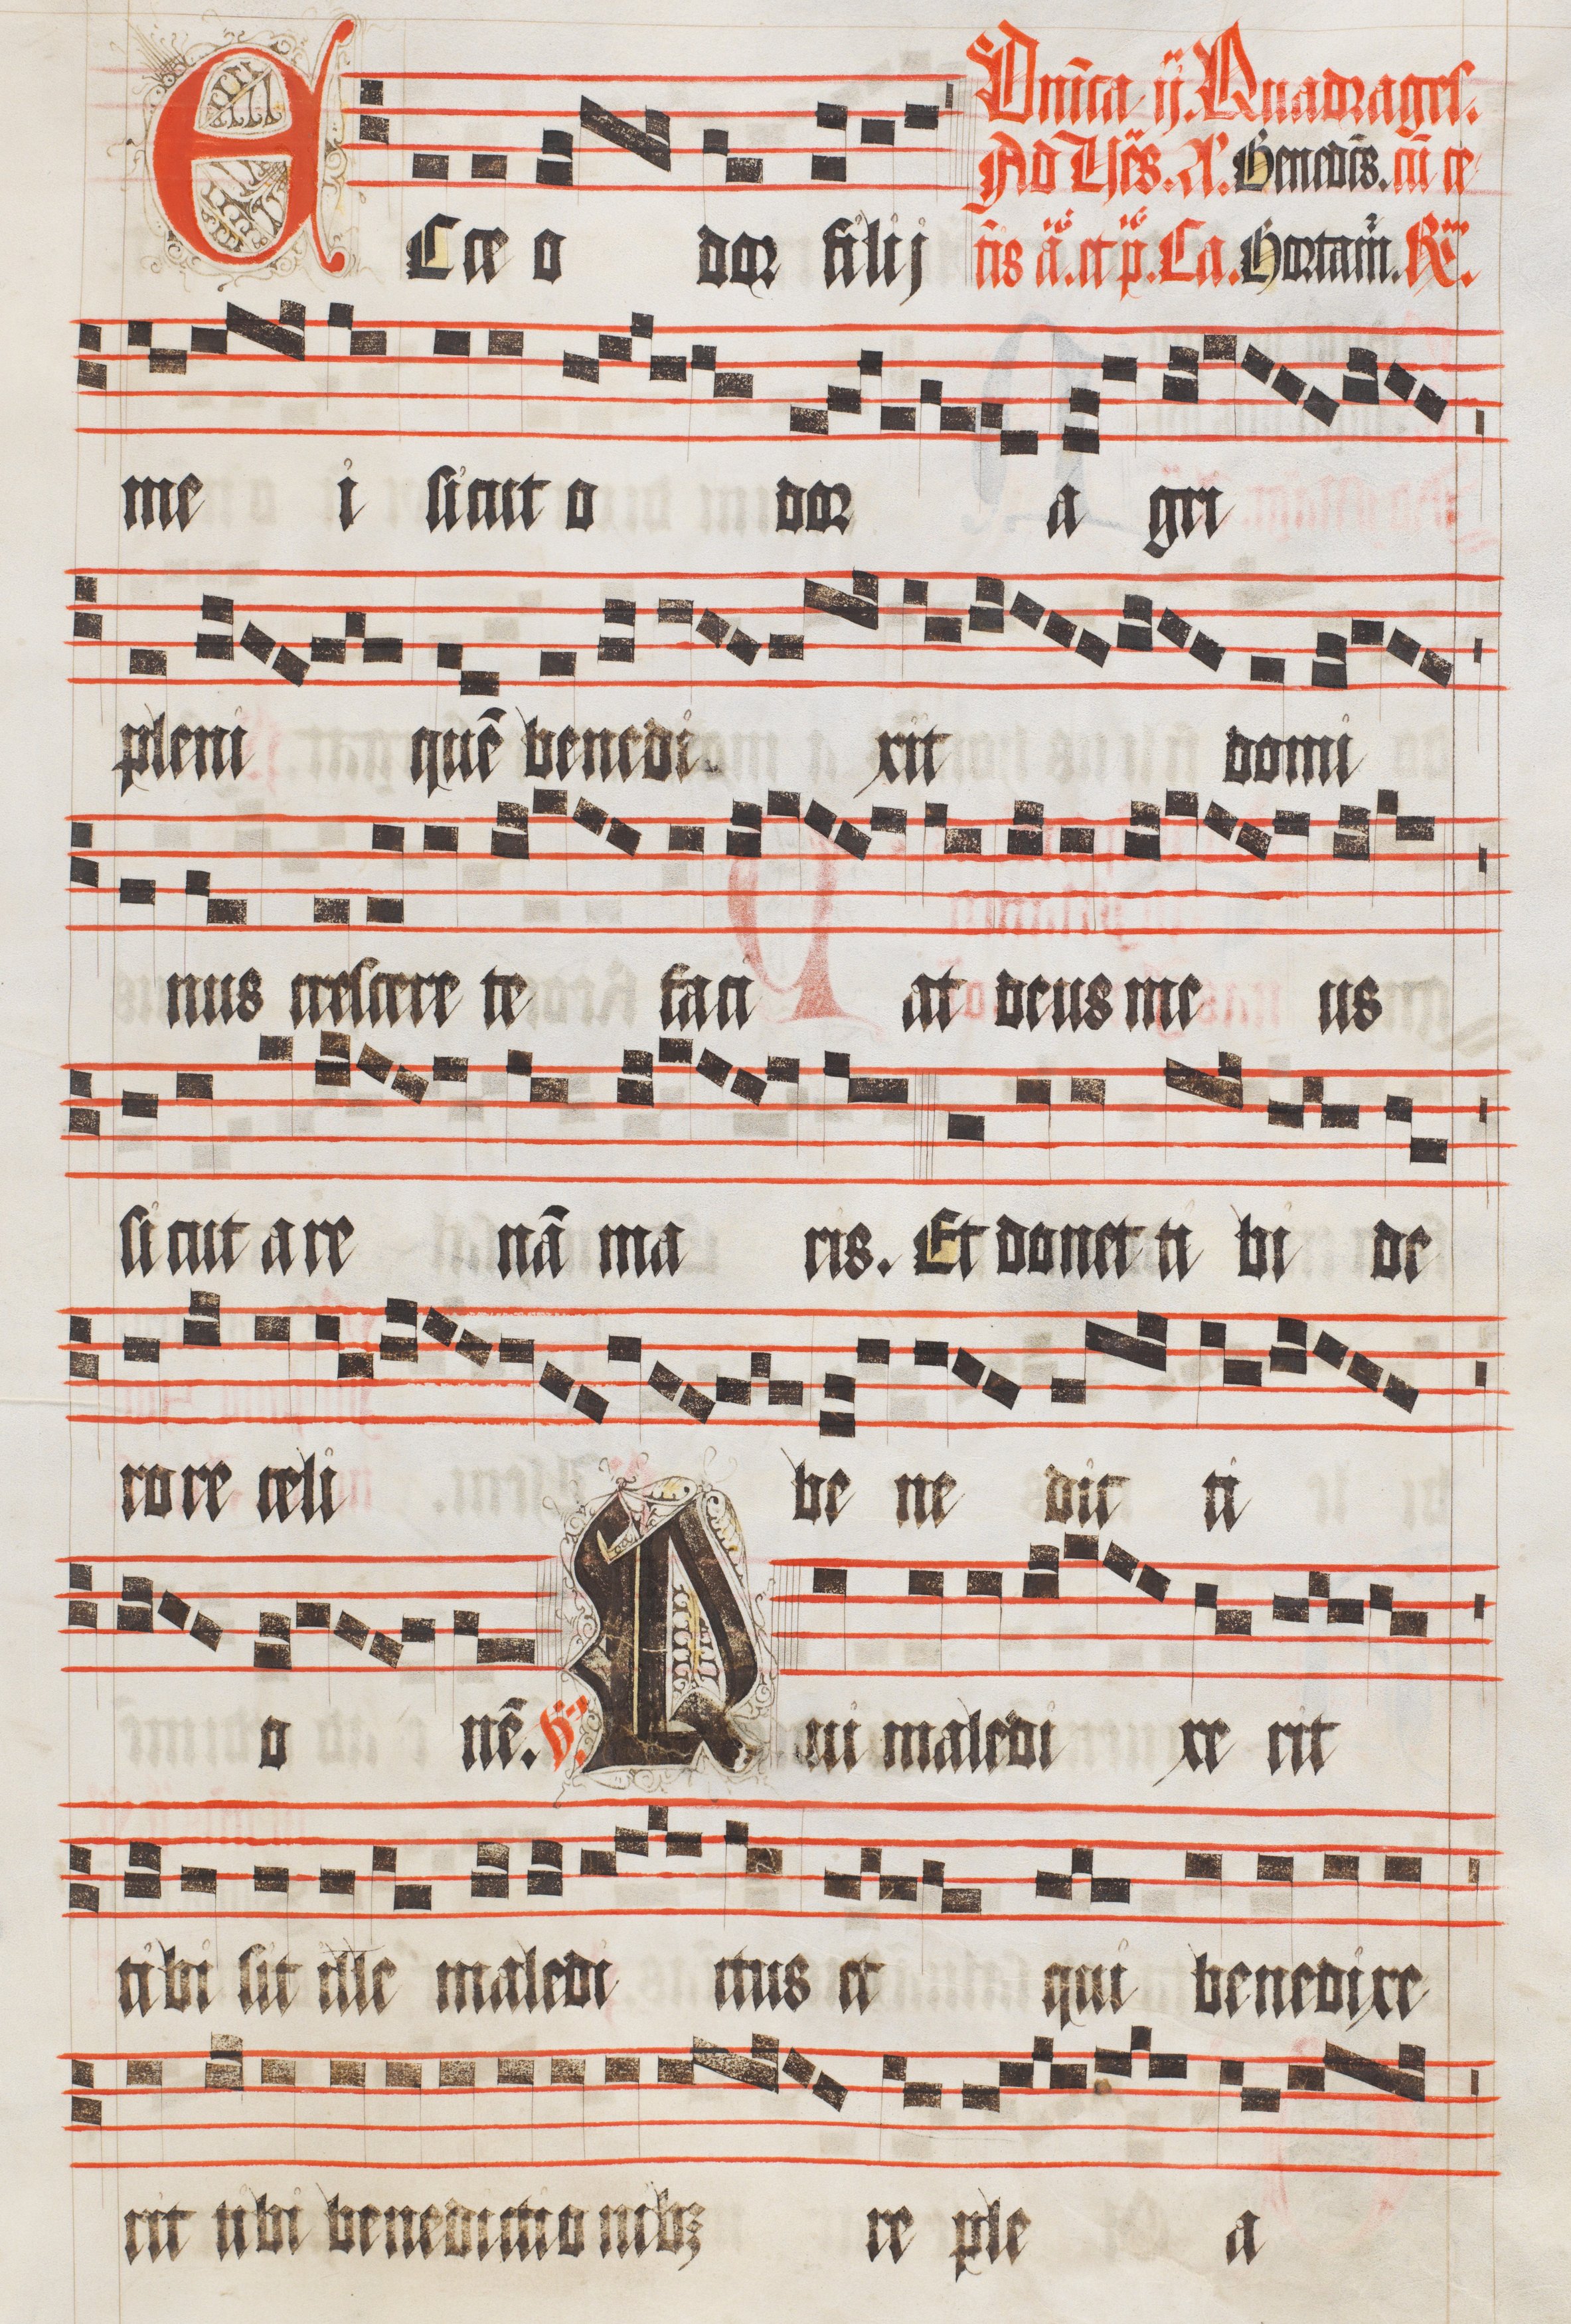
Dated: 1511–1517